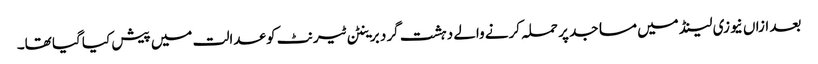
بعد ازاں نیوزی لینڈ میں مساجد پر حملہ کرنے والے دہشت گرد برینٹن ٹیرنٹ کو عدالت میں پیش کیا گیا تھا۔